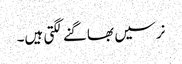
نرسیں بھاگنے لگتی ہیں۔